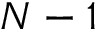
N - 1